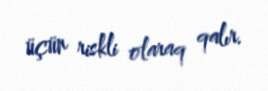
üçün riskli olaraq qalır.